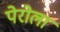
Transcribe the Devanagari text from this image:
पेरोला